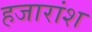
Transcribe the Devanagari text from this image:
हजारांश